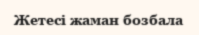
Жетесі жаман бозбала